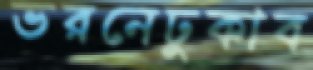
ভরনেঢুকাব